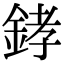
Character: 﨧